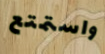
واستمتع